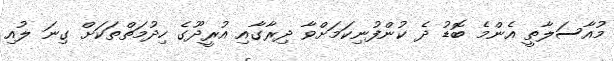
މުއާސަލާތީ އެންމެ ބޮޑު ދެ ކުންފުނިކަމަށްވާ ދިރާގާއި އުރީދޫގެ ހިދުމަތްތަކަށް ގިނަ ލުއި